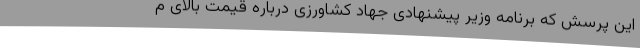
این پرسش که برنامه وزیر پیشنهادی جهاد کشاورزی درباره قیمت بالای م